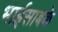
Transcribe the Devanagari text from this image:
भाईसाबके